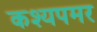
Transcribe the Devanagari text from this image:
कश्यपमर